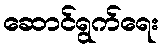
ဆောင်ရွက်ရေး